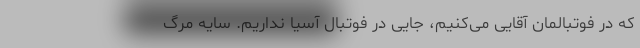
که در فوتبالمان آقایی می‌کنیم، جایی در فوتبال آسیا نداریم. سایه مرگ